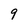
Character: 9